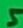
Text: 5